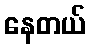
နေတယ်